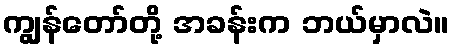
ကျွန်တော်တို့ အခန်းက ဘယ်မှာလဲ။